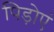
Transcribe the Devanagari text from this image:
पिड़ोएं